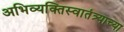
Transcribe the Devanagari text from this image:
अभिव्यक्तिस्वातंत्र्याच्या